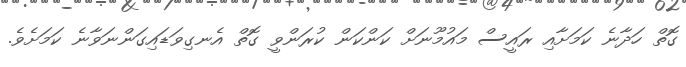
ގޮތް ހަދާނެ ކަމަށާއި ރައީސް މައުުމޫނަށް ކަންކަން ކުރަންވީ ގޮތް އެނގިވަޑައިގަންނަވާނެ ކަމަށެވެ.